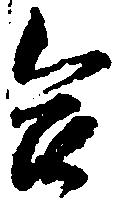
合